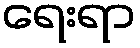
ရေးရာ